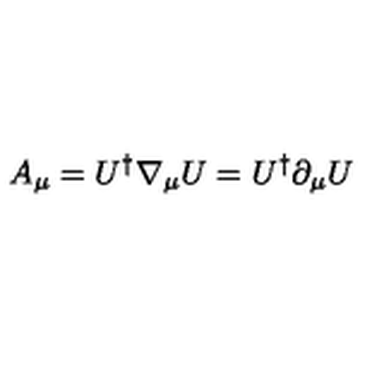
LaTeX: A _ { \mu } = U ^ { \dagger } \nabla _ { \mu } U = U ^ { \dagger } \partial _ { \mu } U \